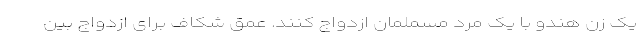
یک زن هندو با یک مرد مسملمان ازدواج کنند. عمق شکاف برای ازدواج بین